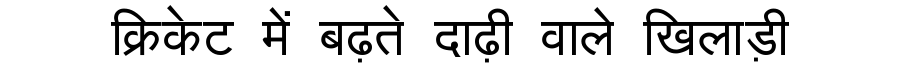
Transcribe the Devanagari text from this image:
क्रिकेट में बढ़ते दाढ़ी वाले खिलाड़ी